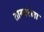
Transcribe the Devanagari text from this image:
तासलेला